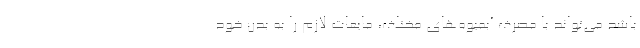
باشد می‌تواند با مصرف آبمیوه‌های مختلف، مایعات لازم را به بدن خود